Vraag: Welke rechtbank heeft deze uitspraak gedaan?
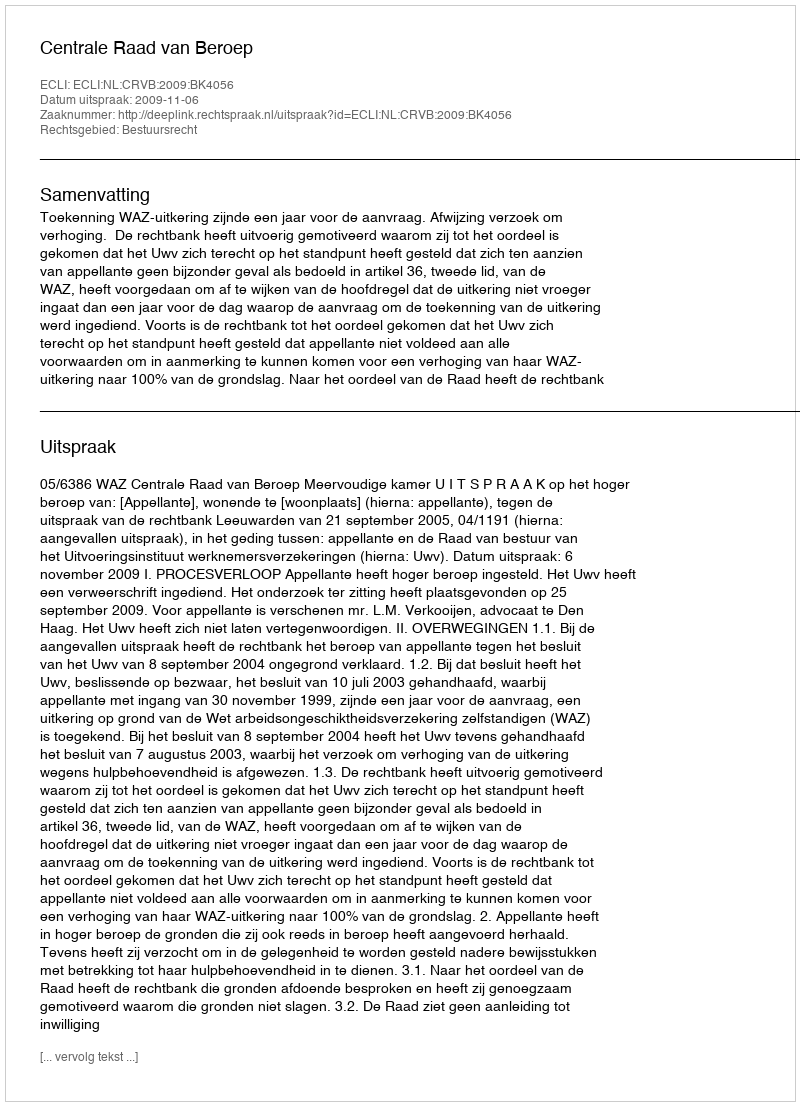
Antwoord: Centrale Raad van Beroep